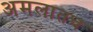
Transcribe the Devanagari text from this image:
अमलातच